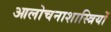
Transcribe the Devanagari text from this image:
आलोचनाशास्त्रियों